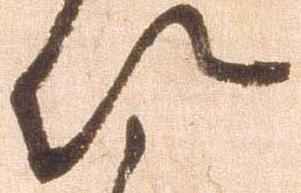
以